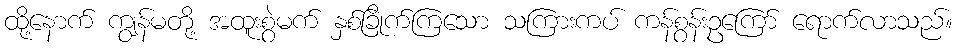
ထို့နောက် ကျွန်မတို့ အထူးစွဲမက် နှစ်ခြိုက်ကြသော သကြားကပ် ကန်စွန်းဥကြော် ရောက်လာသည်။